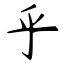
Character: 乎